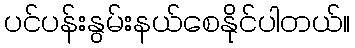
ပင်ပန်းနွမ်းနယ်စေနိုင်ပါတယ်။